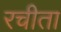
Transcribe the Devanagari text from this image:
रचीता